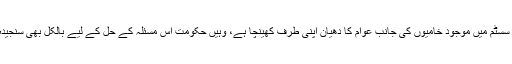
اس تحریک نے جہاں سسٹم میں موجود خامیوں کی جانب عوام کا دھیان اپنی طرف کھینچا ہے، وہیں حکومت اس مسئلہ کے حل کے لیے بالکل بھی سنجیدہ نظر نہیں آ رہی ہے۔